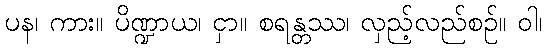
ပန၊ ကား။ ပိဏ္ဍာယ၊ ငှာ။ စရန္တဿ၊ လှည့်လည်စဉ်။ ဝါ၊